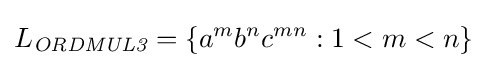
L_{\textit {ORDMUL3}}=\{a^{m}b^{n}c^{mn}:1<m<n\}